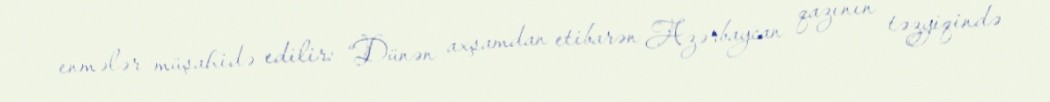
enmələr müşahidə edilir: “Dünən axşamdan etibarən Azərbaycan qazının təzyiqində